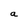
Character: a